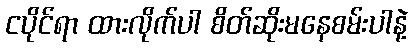
ငပိုင်ရာ ထားလိုက်ပါ စိတ်ဆိုးမနေစမ်းပါနဲ့